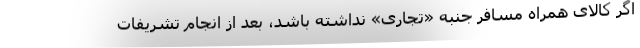
اگر کالای همراه مسافر جنبه «تجاری» نداشته باشد، بعد از انجام تشریفات